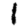
Digit: 1